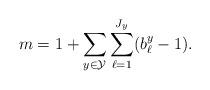
LaTeX: \begin{align*}m=1+\sum_{y\in\mathcal{Y}}\sum_{\ell=1}^{J_y}(b^y_{\ell}-1).\end{align*}